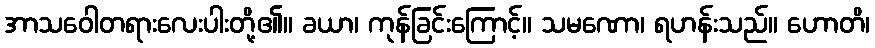
အာသဝေါတရားလေးပါးတို့၏။ ခယာ၊ ကုန်ခြင်းကြောင့်။ သမဏော၊ ရဟန်းသည်။ ဟောတိ၊